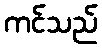
ကင်သည်